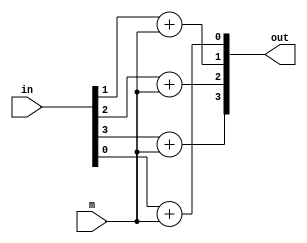
module complement_1s(
	in, m, out
);

input [3:0] in;
input m;
output [3:0] out;

assign out[0] = in[0]+m;
assign out[1] = in[1]+m;
assign out[2] = in[2]+m;
assign out[3] = in[3]+m;

endmodule